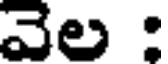
వెల :